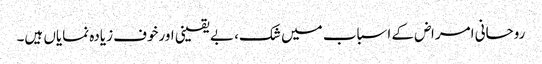
روحانی امراض کے اسباب میں شک، بے یقینی اورخوف زیادہ نمایاں ہیں۔